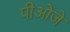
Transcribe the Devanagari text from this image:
पीओजे